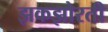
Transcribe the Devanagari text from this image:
झकझोरती